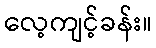
လေ့ကျင့်ခန်း။